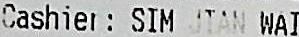
CASHIER: SIM JIAN WAI